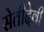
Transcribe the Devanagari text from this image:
सेतीदेवी